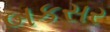
બકસર